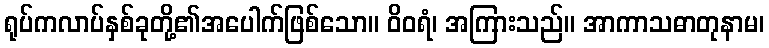
ရုပ်ကလာပ်နှစ်ခုတို့၏အပေါက်ဖြစ်သော။ ဝိဝရံ၊ အကြားသည်။ အာကာသဓာတုနာမ၊